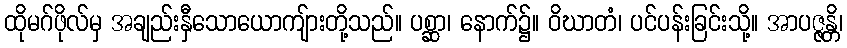
ထိုမဂ်ဖိုလ်မှ အချည်းနှီသောယောကျ်ားတို့သည်။ ပစ္ဆာ၊ နောက်၌။ ဝိဃာတံ၊ ပင်ပန်းခြင်းသို့။ အာပဇ္ဇန္တိ၊